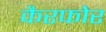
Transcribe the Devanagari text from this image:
कैरफोर